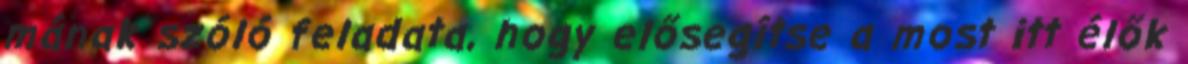
mának szóló feladata, hogy elősegítse a most itt élők